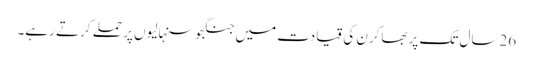
26سال تک پربھاکرن کی قیادت میں جنگجوسنہالیوں پر حملے کرتے رہے۔